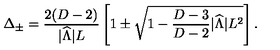
\Delta _ { \pm } = { \frac { 2 ( D - 2 ) } { | { \widehat \Lambda } | L } } \left[ 1 \pm \sqrt { 1 - { \frac { D - 3 } { D - 2 } } | { \widehat \Lambda } | L ^ { 2 } } \right] .